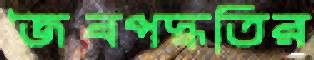
জৈবপদ্ধতির